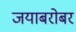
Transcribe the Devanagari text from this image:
जयाबरोबर